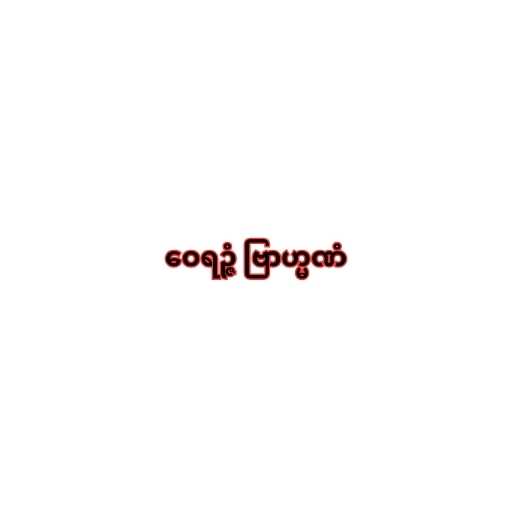
ဝေရဉ္ဇံ ဗြာဟ္မဏံ